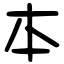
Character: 本